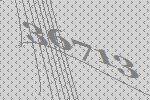
36713